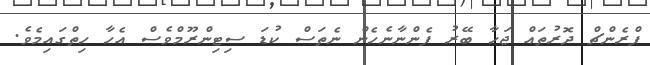
ފްރެންޗް ދޮރުތައް ޖަހާ ބޭރު ފެންނާނެހެން ނެތަސް ކުޑަ ސިޓިންރޫމްވެސް އެހާ ހިތްގައިމެވެ.